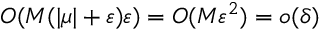
O ( M ( | \mu | + \varepsilon ) \varepsilon ) = O ( M \varepsilon ^ { 2 } ) = o ( \delta )